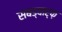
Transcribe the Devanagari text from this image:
सबड्वार्फ़